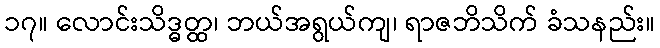
၁၇။ လောင်းသိဒ္ဓတ္ထ၊ ဘယ်အရွယ်ကျ၊ ရာဇဘိသိက် ခံသနည်း။